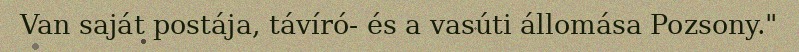
Van saját postája, távíró- és a vasúti állomása Pozsony."